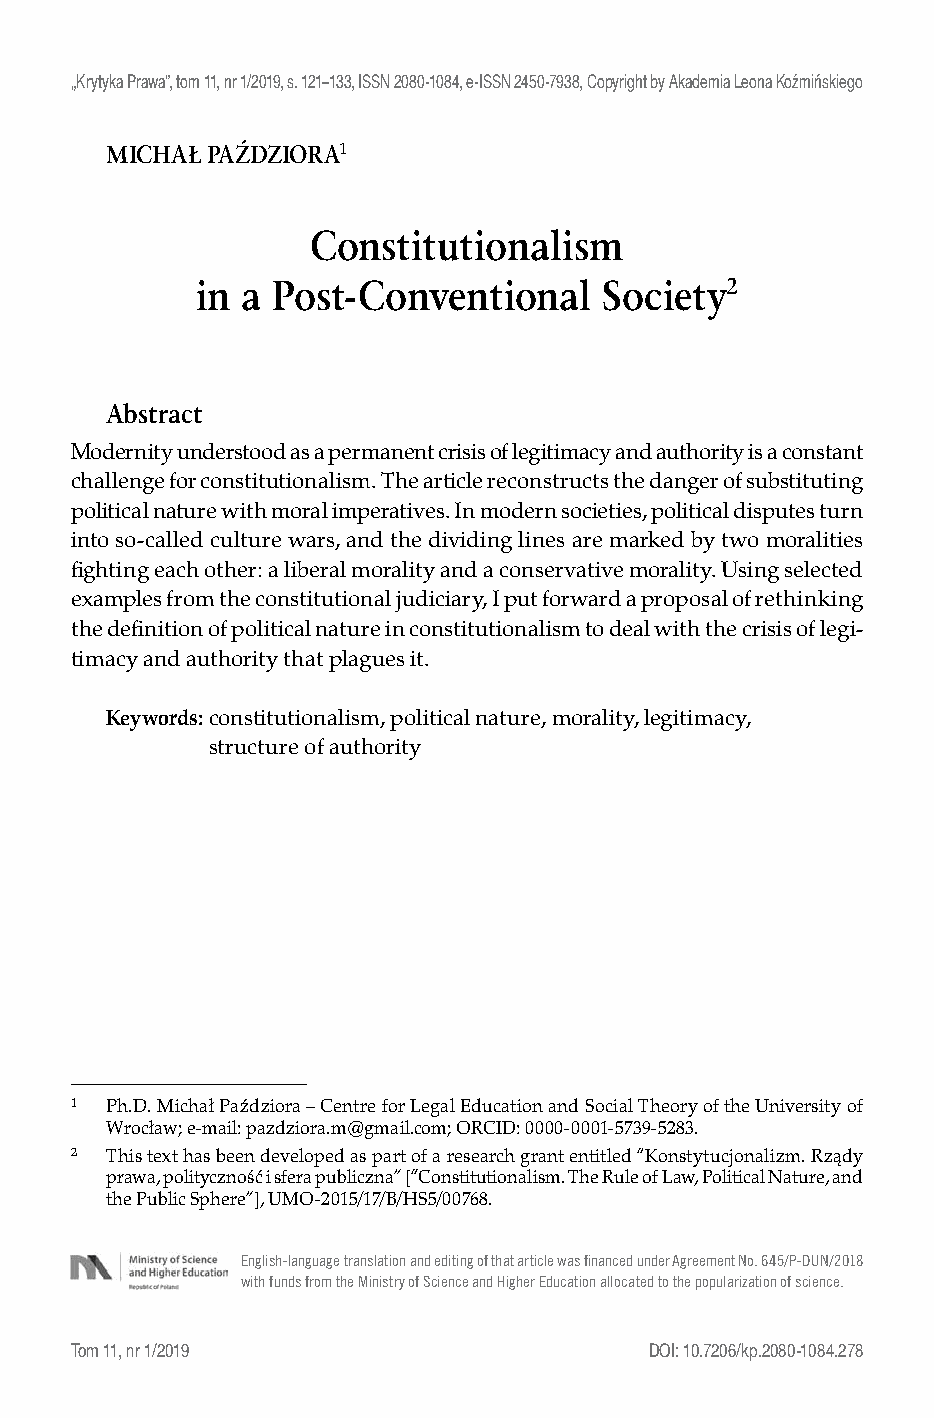
„Krytyka Prawa”, tom 11, nr 1/2019, s. 121–133, ISSN 2080-1084, e-ISSN 2450-7938, Copyright by Akademia Leona Koźmińskiego
 MICHAŁ PAŹDZIORA1
 Constitutionalism
 in a Post-Conventional     Society2
 Abstract
 Modernity understood as a permanent crisis of legitimacy and authority is a constant
 challenge for constitutionalism. The article reconstructs the danger of substituting
 political nature with moral imperatives. In modern societies, political disputes turn
 into so-called culture wars, and the dividing lines are marked by two moralities
 fighting each other: a liberal morality and a conservative morality. Using selected
 examples from the constitutional judiciary, I put forward a proposal of rethinking
 the definition of political nature in constitutionalism to deal with the crisis of legi-
 timacy and authority that plagues it.
 Keywords: constitutionalism, political nature, morality, legitimacy,
 structure of authority
 1  Ph.D. Michał Paździora – Centre for Legal Education and Social Theory of the University of
 Wrocław; e-mail: pazdziora.m@gmail.com; ORCID: 0000-0001-5739-5283.
 2  This text has been developed as part of a research grant entitled “Konstytucjonalizm. Rządy
 prawa, polityczność i sfera publiczna” [“Constitutionalism. The Rule of Law, Political Nature, and
 the Public Sphere”], UMO-2015/17/B/HS5/00768.
 English-language translation and editing of that article was financed under Agreement No. 645/P-DUN/2018
 with funds from the Ministry of Science and Higher Education allocated to the popularization of science.
 Tom 11, nr 1/2019                      DOI: 10.7206/kp.2080-1084.278